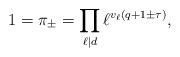
LaTeX: \begin{align*} 1 = \pi_\pm = \prod_{\ell \mid d} \ell^{v_\ell(q + 1 \pm \tau)},\end{align*}